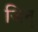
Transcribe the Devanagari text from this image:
जिन्